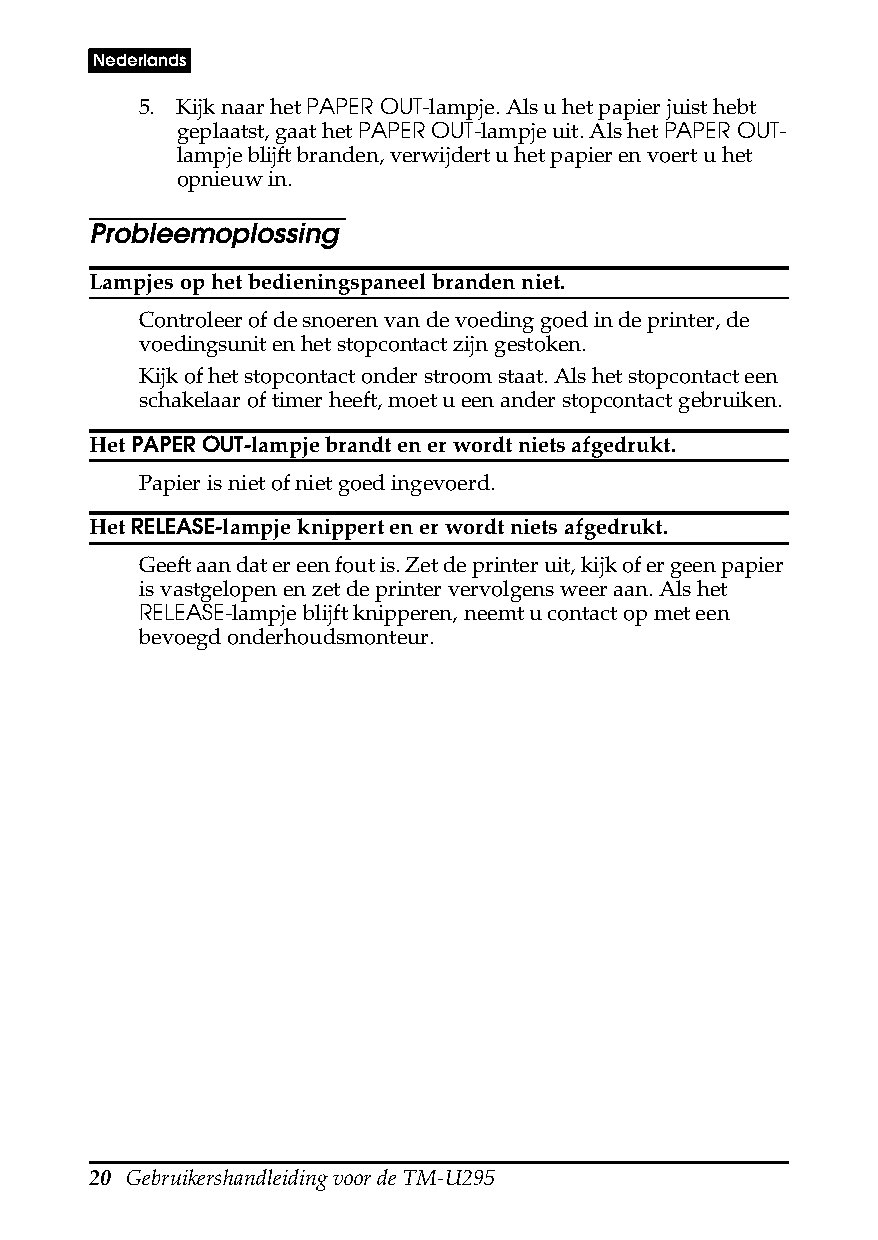
Nederlands
 5. Kijk naar het PAPER OUT-lampje. Als u het papier juist hebt
 geplaatst, gaat het PAPER OUT-lampje uit. Als het PAPER OUT-
 lampje blijft branden, verwijdert u het papier en voert u het
 opnieuw in.
 Probleemoplossing
 Lampjes op het bedieningspaneel branden niet.
 Controleer of de snoeren van de voeding goed in de printer, de
 voedingsunit en het stopcontact zijn gestoken.
 Kijk of het stopcontact onder stroom staat. Als het stopcontact een
 schakelaar of timer heeft, moet u een ander stopcontact gebruiken.
 Het PAPER OUT-lampje brandt en er wordt niets afgedrukt.
 Papier is niet of niet goed ingevoerd.
 Het RELEASE-lampje knippert en er wordt niets afgedrukt.
 Geeft aan dat er een fout is. Zet de printer uit, kijk of er geen papier
 is vastgelopen en zet de printer vervolgens weer aan. Als het
 RELEASE-lampje blijft knipperen, neemt u contact op met een
 bevoegd onderhoudsmonteur.
 20 Gebruikershandleiding voor de TM-U295